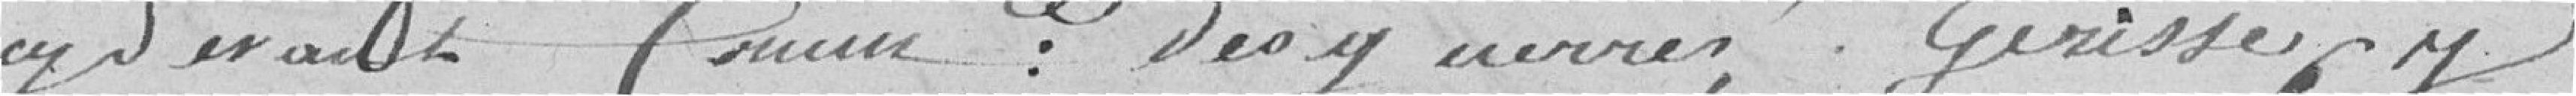
cy devant commissaire : des guerres , Gerisse cy